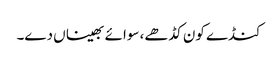
کنڈے کون کڈھے، سوائے بھیناں دے۔